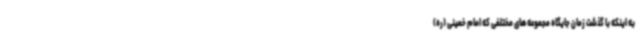
به اینکه با گذشت زمان جایگاه مجموعه های مختلفی که امام خمینی (ره)